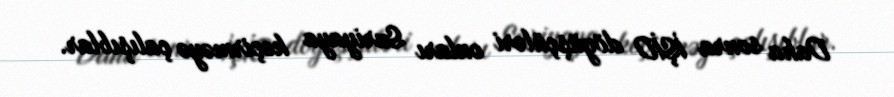
Daha sonra İŞİD döyüşçüləri onları Suriyaya keçirməyə çalışıblar.